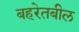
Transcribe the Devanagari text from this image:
बहरेतबील